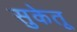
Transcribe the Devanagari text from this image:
सुकेतू